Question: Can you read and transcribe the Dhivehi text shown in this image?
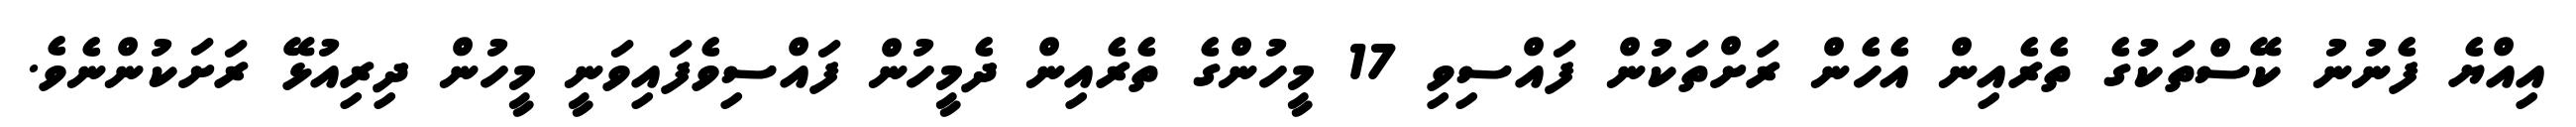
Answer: އިއްޔެ ފެނުނު ކޭސްތަކުގެ ތެރެއިން އެހެން ރަށްތަކުން ފައްސިވި 17 މީހުންގެ ތެރެއިން ދެމީހުން ފައްސިވެފައިވަނީ މީހުން ދިރިއުޅޭ ރަށަކުންނެވެ.